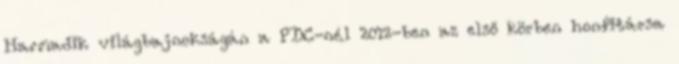
Harmadik világbajnokságán a PDC-nél 2012-ben az első körben honfitársa